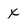
Character: x